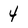
Character: 4